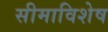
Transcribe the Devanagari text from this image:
सीमाविशेष